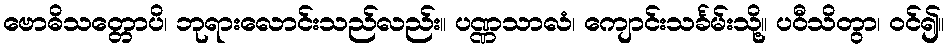
ဗောဓိသတ္တောပိ၊ ဘုရားလောင်းသည်လည်း။ ပဏ္ဏသာလံ၊ ကျောင်းသင်္ခမ်းသို့။ ပဝီသိတွာ၊ ဝင်၍။